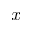
x